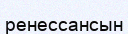
ренессансын